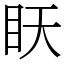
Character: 䀖